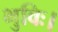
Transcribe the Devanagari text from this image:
भुविः।